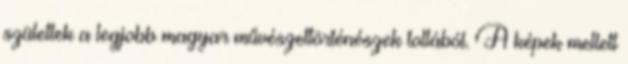
születtek a legjobb magyar művészettörténészek tollából. A képek mellett